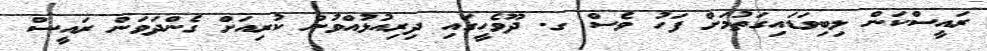
ރައީސްކަން ލިބިވަޑައިގަތުމަށް ފަހު ވެސް ގ. ދޫވެހީގައި ދިރިއުޅުއްވުން ކުރިއަށް ގެންދަވަން ރައީސް